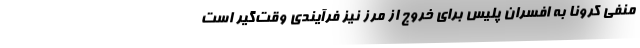
منفی کرونا به افسران پلیس برای خروج از مرز نیز فرآیندی وقت‌گیر است